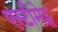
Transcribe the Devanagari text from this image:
एस्टीमेट्स